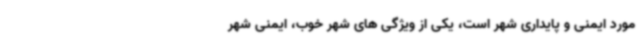
مورد ایمنی و پایداری شهر است، یکی از ویژگی های شهر خوب، ایمنی شهر